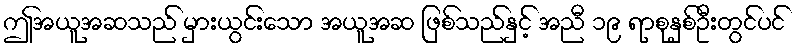
ဤအယူအဆသည် မှားယွင်းသော အယူအဆ ဖြစ်သည်နှင့် အညီ ၁၉ ရာစုနှစ်ဦးတွင်ပင်